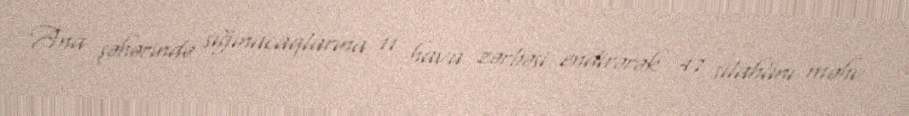
Ana şəhərində sığınacaqlarına 11 hava zərbəsi endirərək 47 silahlını məhv